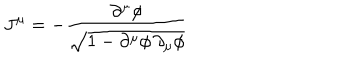
LaTeX: J ^ { \mu } = - \frac { \partial ^ { \mu } \phi } { \sqrt { 1 - \partial ^ { \mu } \phi \, \partial _ { \mu } \phi } }